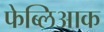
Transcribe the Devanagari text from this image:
फेब्लिआक